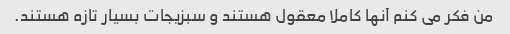
من فکر می کنم آنها کاملا معقول هستند و سبزیجات بسیار تازه هستند.